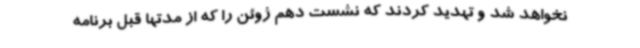
نخواهد شد و تهدید کردند که نشست دهم ژوئن را که از مدتها قبل برنامه